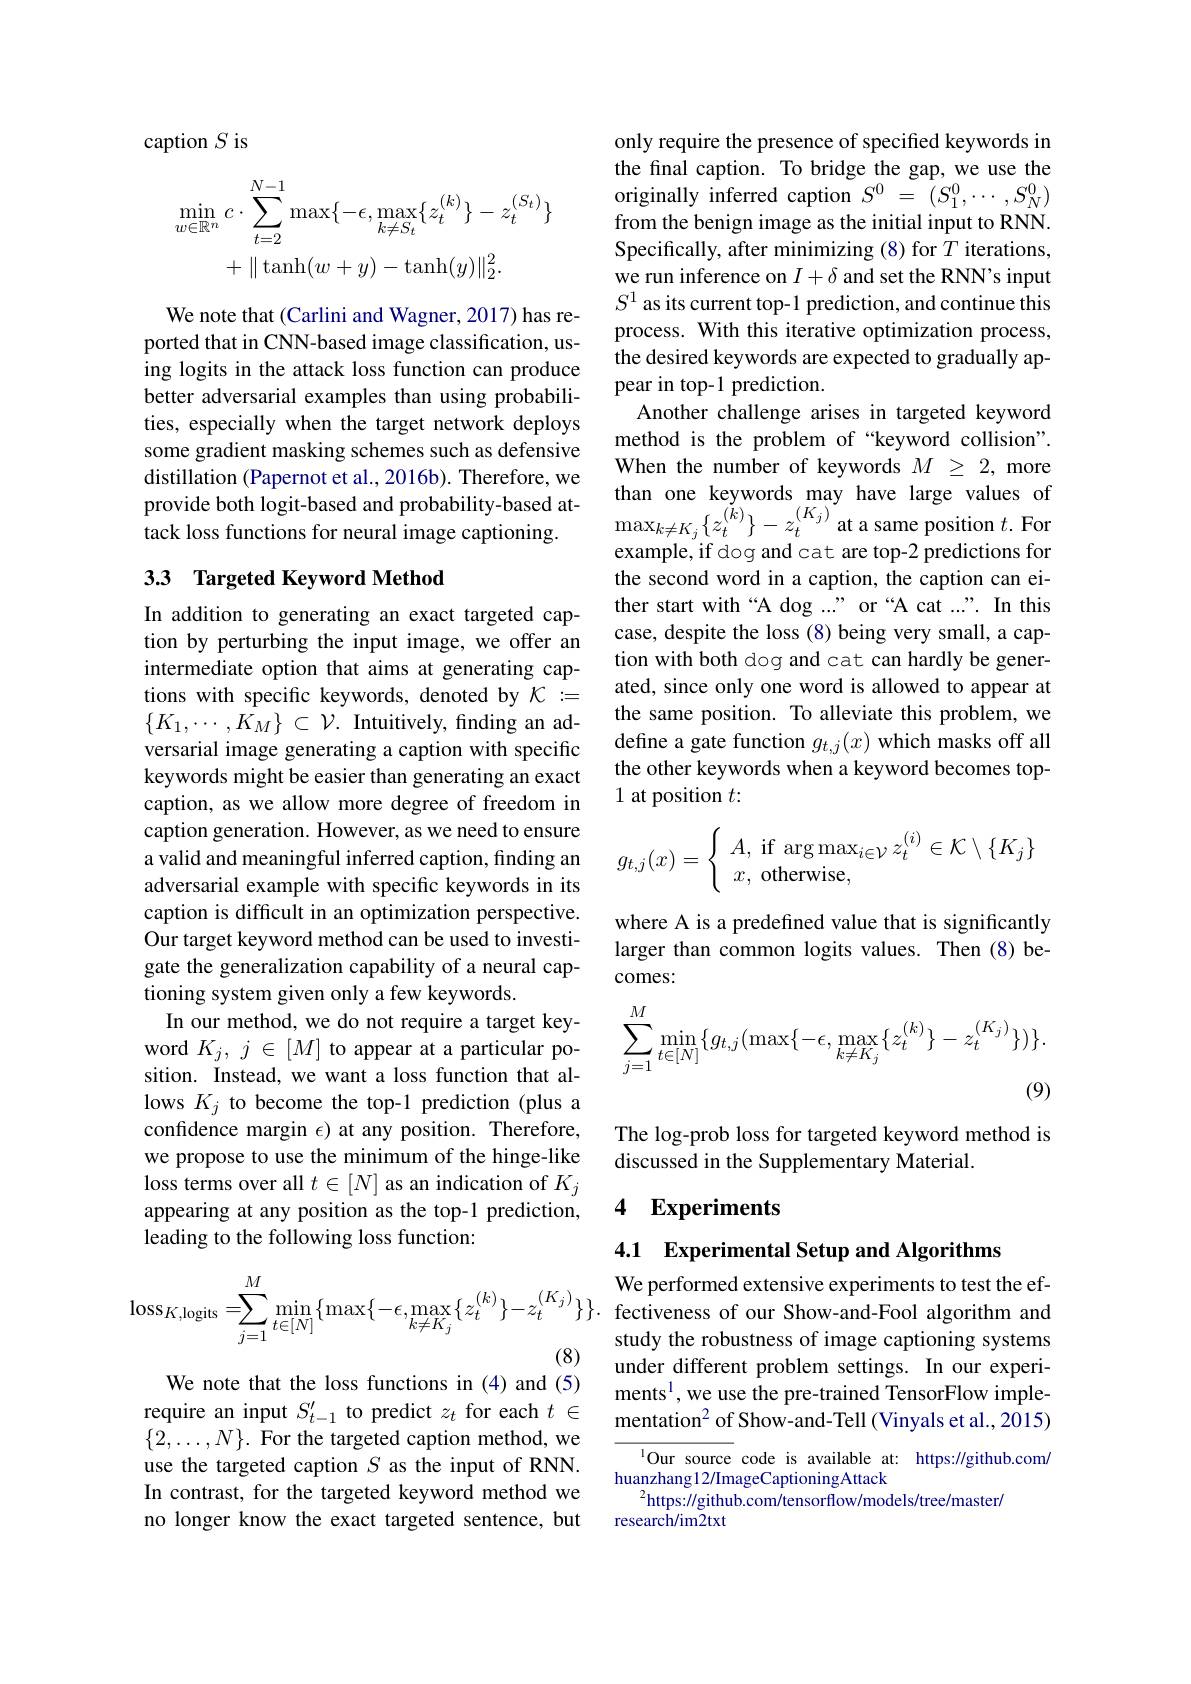
caption $S$ is
$$\begin{aligned}\min_{w\in\mathbb{R}^{n}}c\cdot\sum_{t=2}^{N-1}\max\{-\epsilon,\max_{k\neq S_{t}}\{z_{t}^{(k)}\}-z_{t}^{(S_{t})}\}\\&+\|\operatorname{tanh}(w+y)-\operatorname{tanh}(y)\|_{2}^{2}.\end{aligned}$$
We note that (Carlini and Wagner, 2017) has reported that in CNN-based image classification, using logits in the attack loss function can produce better adversarial examples than using probabilities, especially when the target network deploys some gradient masking schemes such as defensive distillation (Papernot et al., 2016b). Therefore, we provide both logit-based and probability-based attack loss functions for neural image captioning.

## 33 Targeted Keyword Method

In addition to generating an exact targeted caption by perturbing the input image, we offer an intermediate option that aims at generating captions with specific keywords, denoted by $\mathcal{K}:=$ $\{ K_{1}, \cdots , K_{M}\}$ $\subset$ $\mathcal{V} .$ Intuitively, finding an adversarial image generating a caption with specific keywords might be easier than generating an exact caption, as we allow more degree of freedom in caption generation. However, as we need to ensure a valid and meaningful inferred caption, finding an adversarial example with specific keywords in its caption is difficult in an optimization perspective. Our target keyword method can be used to investigate the generalization capability of a neural captioning system given only a few keywords.
In our method, we do not require a target keyword $K_j,j\in[M]$ to appear at a particular position. Instead, we want a loss function that allows $K_{j}$ to become the top-1 prediction (plus a confidence margin $\epsilon$) at any position. Therefore, we propose to use the minimum of the hinge-like loss terms over all $t\in[N]$ as an indication of $K_j$ appearing at any position as the top-1 prediction, leading to the following loss function:
$$\mathrm{loss}_{K,\mathrm{logits}}=\sum_{j=1}^{M}\min_{t\in[N]}\{\max\{-\epsilon,\max_{k\neq K_{j}}\{z_{t}^{(k)}\}-z_{t}^{(K_{j})}\}\}.$$
We note that the loss functions in (4) and (5) require an input $S_{t-1}^{\prime}$ to predict $z_t$ for each $t\in$ $\{2,\ldots,N\}.$ For the targeted caption method, we use the targeted caption $S$ as the input of RNN. In contrast, for the targeted keyword method we no longer know the exact targeted sentence, but

only require the presence of specified keywords in the final caption. To bridge the gap, we use the originally inferred caption $S^0$ = $( S_1^0, \cdots , S_N^0)$ from the benign image as the initial input to RNN. Specifically, after minimizing (8) for $T$ iterations, we run inference on $I+\delta$ and set the RNN's input $S^1$ as its current top-1 prediction, and continue this process. With this iterative optimization process, the desired keywords are expected to gradually appear in top-1 prediction.
Another challenge arises in targeted keyword method is the problem of “keyword collision”. When the number of keywords $M\geq2$, more than one keywords may have large values of $\max_{k\neq K_{j}}\left\{z_{t}^{(k)}\right\}-z_{t}^{(K_{j})}$at a same position $t.$For example, if dog and cat are top-2 predictions for the second word in a caption, the caption can either start with“A dog ...” or“A cat ...". In this case, despite the loss (8) being very small, a caption with both dog and cat can hardly be generated, since only one word is allowed to appear at the same position. To alleviate this problem, we define a gate function $g_{t,j}(x)$ which masks off all the other keywords when a keyword becomes top- 1 at position $t:$
$$g_{t,j}(x)=\left\{\begin{array}{ll}A,\text{if}\arg\max_{i\in\mathcal{V}}z_t^{(i)}\in\mathcal{K}\setminus\{K_j\}\\x,\text{otherwise},\end{array}\right.$$
where A is a predefined value that is significantly larger than common logits values. Then (8)becomes:
$$\sum_{j=1}^M\min_{t\in[N]}\{g_{t,j}(\max\{-\epsilon,\max_{k\neq K_j}\{z_t^{(k)}\}-z_t^{(K_j)}\})\}.$$
(9)

The log-prob loss for targeted keyword method is
discussed in the Supplementary Material.

### 4 $\mathbf{Experiments}$

4.1 Experimental Setup and Algorithms

We performed extensive experiments to test the effectiveness of our Show-and-Fool algorithm and study the robustness of image captioning systems under different problem settings. In our experiments$^1$,we use the pre-trained TensorFlow implementation$^2$ of Show-and-Tell (Vinyals et al., 2015)

${^{1}\text{Our source }}$code is available at: https://github.com/
huanzhang12/ImageCaptioningAttack
$^{2}$https://github.com/tensorflow/models/tree/master/
research/im2txt